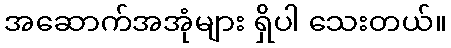
အဆောက်အအုံများ ရှိပါ သေးတယ်။